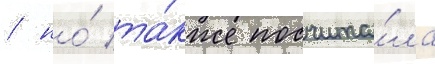
/ но́ та́кже посчита́ла